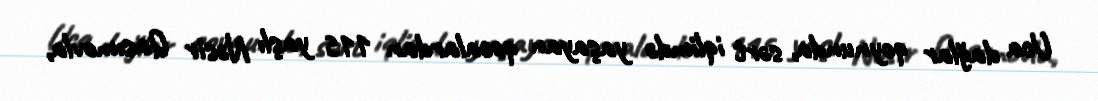
Uca dağlar qoynunda, sərt iqlimdə yaşayan qocalardan 115 yaşlı Nəsir Qasımovla,